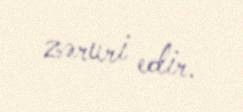
zəruri edir.